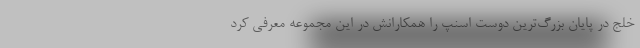
خلج در پایان بزرگ‌ترین دوست اسنپ را همکارانش در این مجموعه معرفی کرد